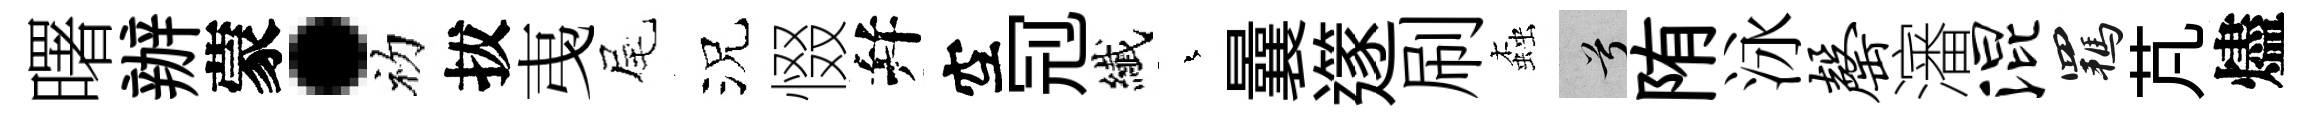
曙辦蒙·初拔𢎯尾況惙幷空𠜍纎蒼曩𨗹刷螙兮陏泳罄瀋混羈芃燼